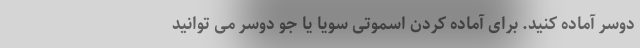
دوسر آماده کنید. برای آماده کردن اسموتی سویا یا جو دوسر می توانید